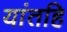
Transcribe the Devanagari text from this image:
यांतहि